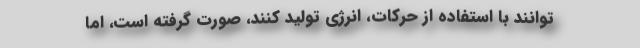
توانند با استفاده از حرکات، انرژی تولید کنند، صورت گرفته است، اما